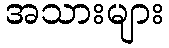
အသားများ